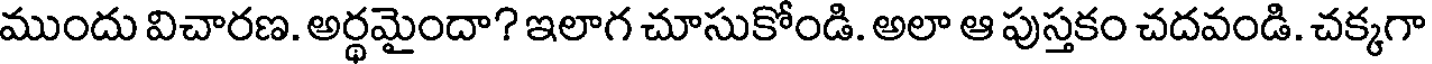
ముందు విచారణ. అర్థమైందా? ఇలాగ చూసుకోండి. అలా ఆ పుస్తకం చదవండి. చక్కగా